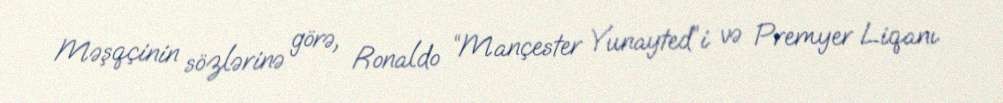
Məşqçinin sözlərinə görə, Ronaldo “Mançester Yunayted”i və Premyer Liqanı